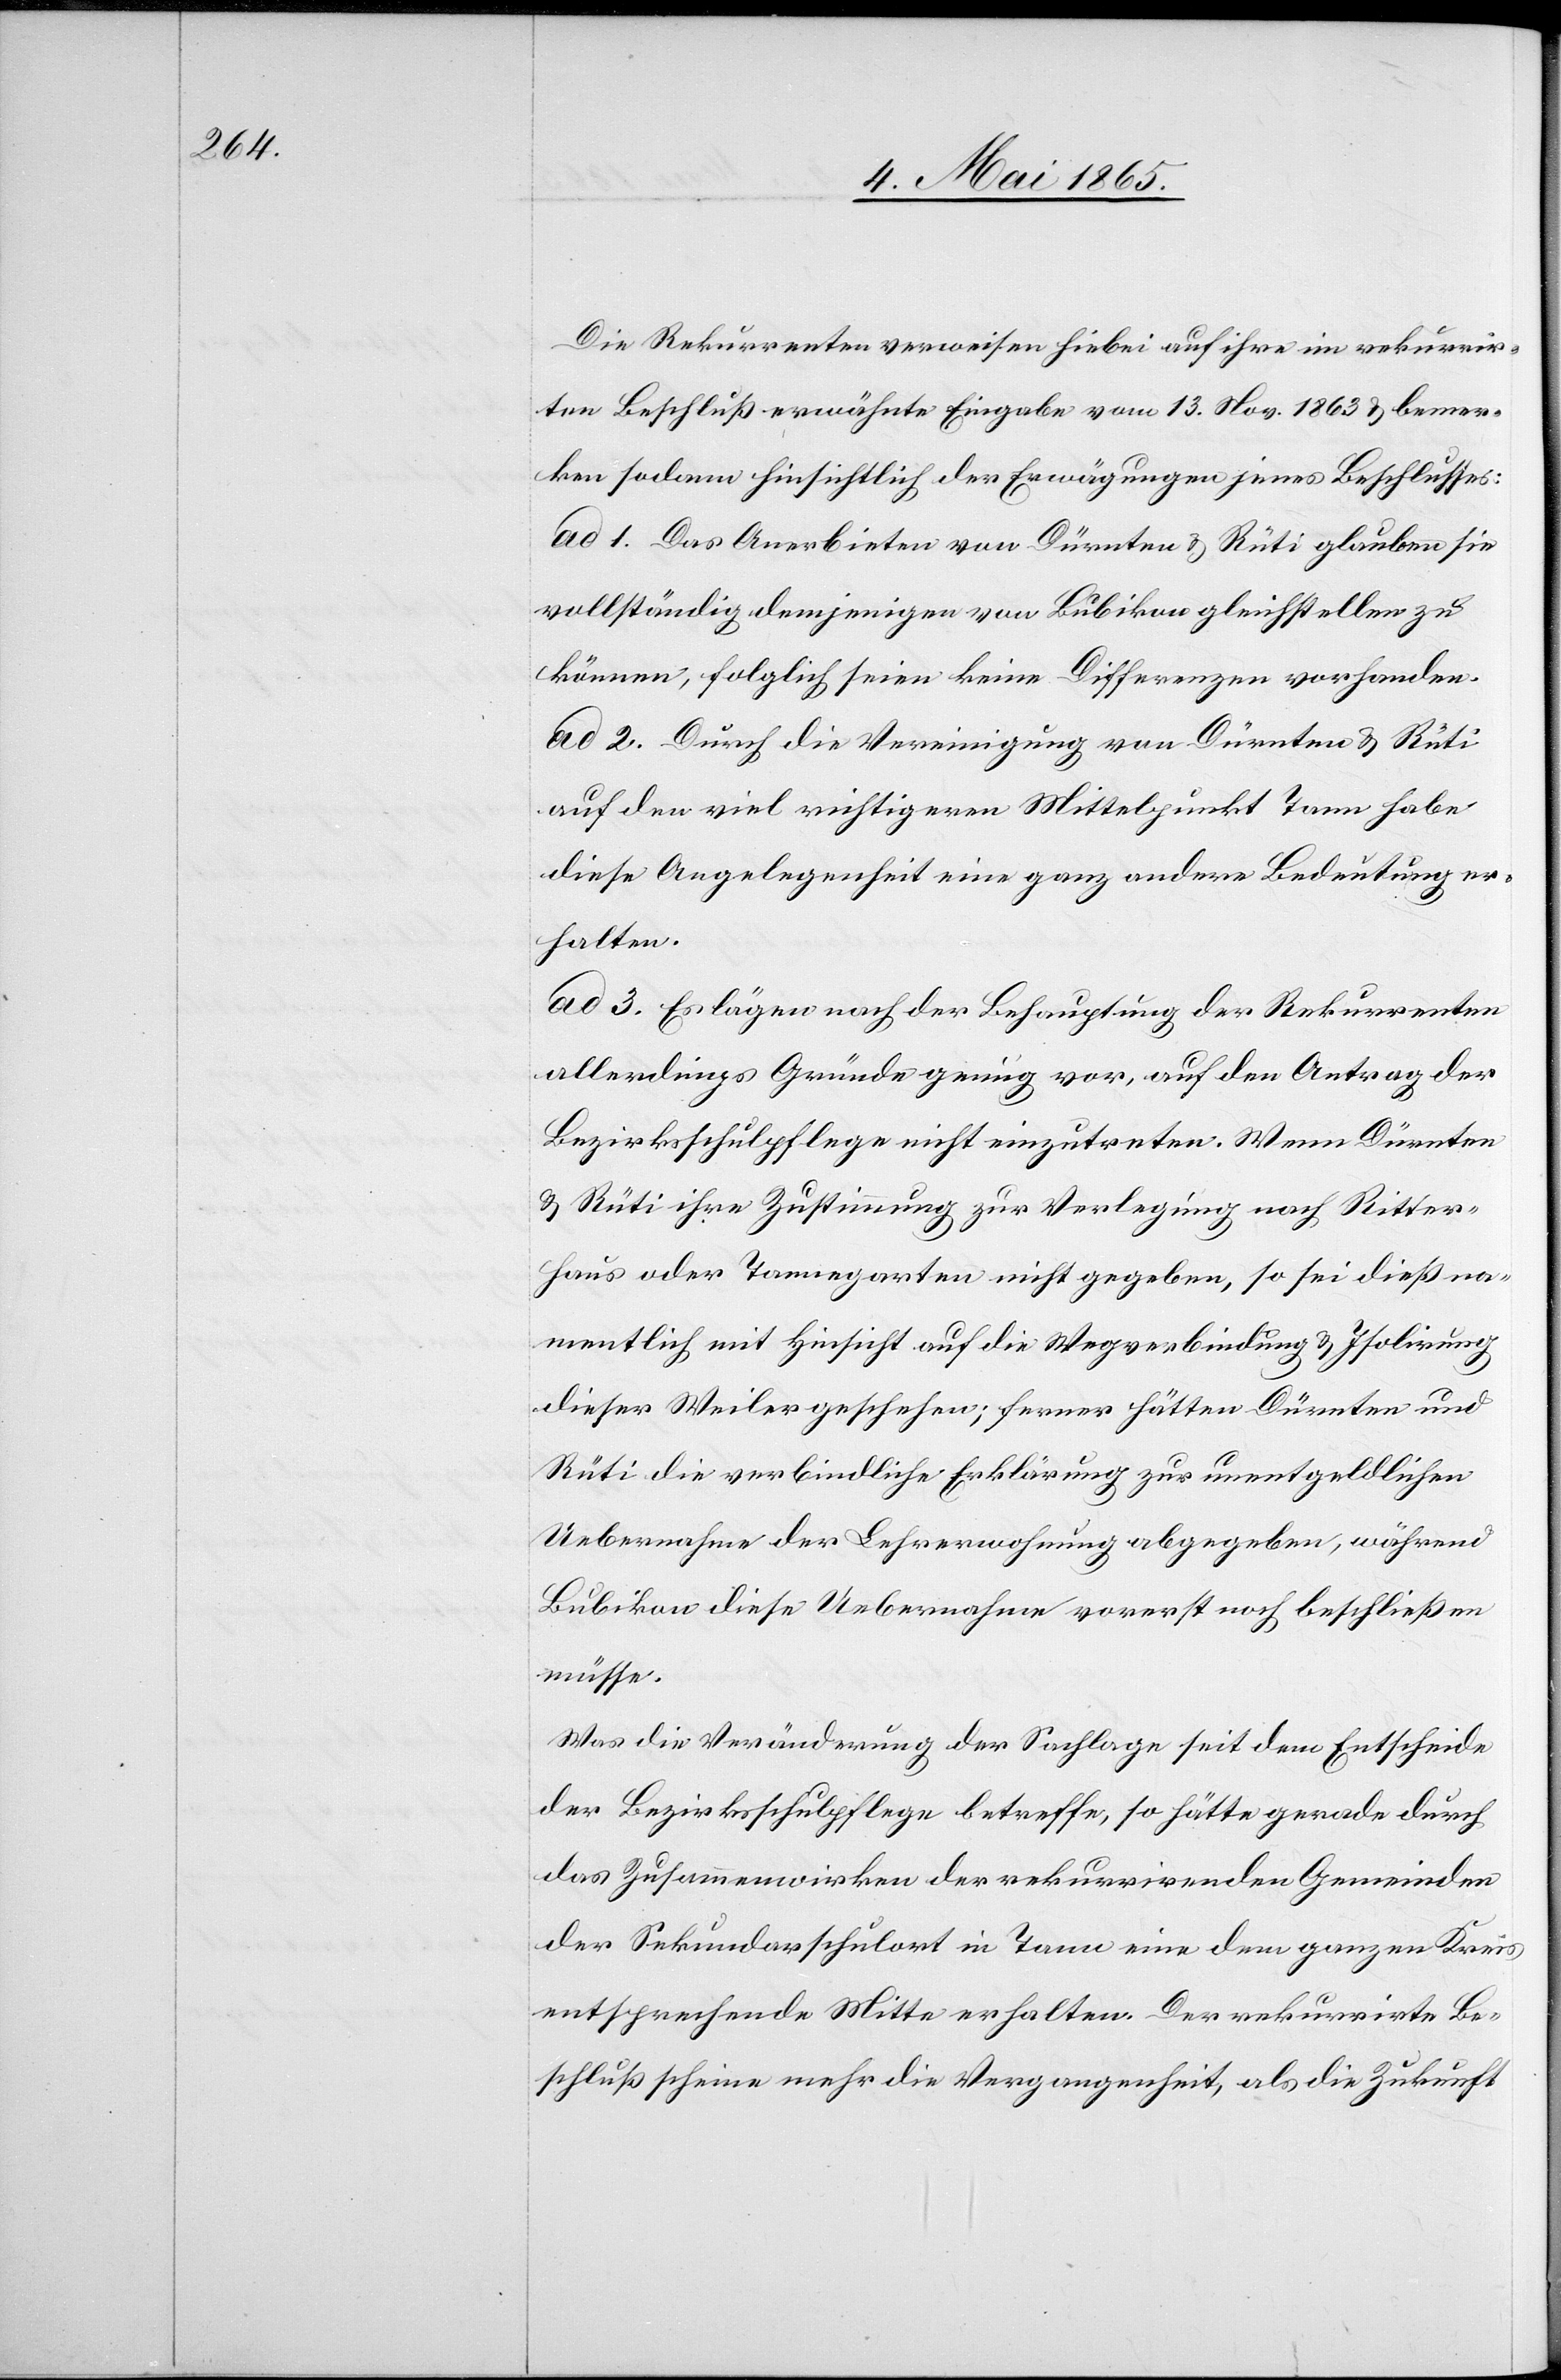
Die Rekurrenten verweisen hiebei auf ihre im rekurrir¬
ten Beschluß erwähnte Eingabe vom 13. Nov. 1863 & bemer¬
ken sodann hinsichtlich der Erwägungen jenes Beschlusses:
ad 1. Das Anerbieten von Dürnten & Rüti glauben sie
vollständig demjenigen von Bubikon gleichstellen zu
können, folglich seien keine Differenzen vorhanden.
ad 2. Durch die Vereinigung von Dürnten & Rüti
auf den viel richtigeren Mittelpunkt Tann habe
diese Angelegenheit eine ganz andere Bedeutung er¬
halten.
ad 3. Es lägen nach der Behauptung der Rekurrenten
allerdings Gründe genug vor, auf den Antrag der
Bezirksschulpflege nicht einzutreten. Wenn Dürnten
& Rüti ihre Zustimmung zur Verlegung nach Ritter¬
haus oder Tannegarten nicht gegeben, so sei dieß na¬
mentlich mit Hinsicht auf die Wegverbindung & Isolirung
dieser Weiler geschehen; ferner hätten Dürnten und
Rüti die verbindliche Erklärung zur unentgeldlichen
Uebernahme der Lehrerwohnung abgegeben, während
Bubikon diese Uebernahme vorerst noch beschließen
müsse.
Was die Veränderung der Sachlage seit dem Entscheide
der Bezirksschulpflege betreffe, so hätte gerade durch
das Zusammenwirken der rekurrirenden Gemeinden
der Sekundarschulort in Tann eine dem ganzen Kreis
entsprechende Mitte erhalten. Der rekurrirte Be¬
schluß scheine mehr die Vergangenheit, als die Zukunft